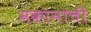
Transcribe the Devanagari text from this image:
मकानाची